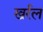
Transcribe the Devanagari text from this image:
खर्रल